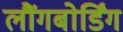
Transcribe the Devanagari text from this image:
लौंगबोर्डिंग